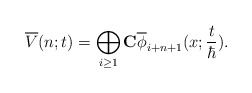
\begin{align*}\overline{V}(n;t)= \bigoplus_{i\geq 1} \mbox{$\bf{C}$}\overline{\phi}_{i+n+1}(x;\frac{t}{\hbar}).\end{align*}